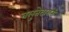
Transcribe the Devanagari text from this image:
बलुतेदारांनी